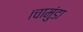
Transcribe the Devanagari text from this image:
।चामुंडा